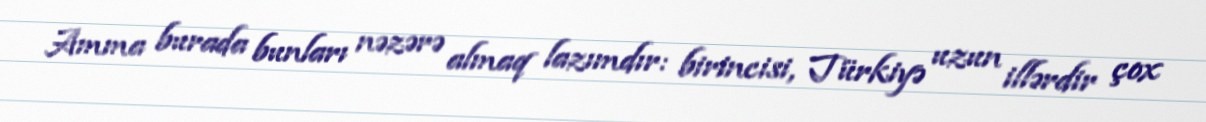
Amma burada bunları nəzərə almaq lazımdır: birincisi, Türkiyə uzun illərdir çox